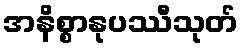
အနိစ္စာနုပဿီသုတ်